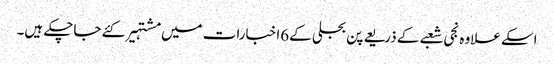
اسکے علاوہ نجی شعبے کے ذریعے پن بجلی کے6اخبارات میں مشتہیر کئے جاچکے ہیں۔